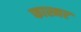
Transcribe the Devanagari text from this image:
फास्नर